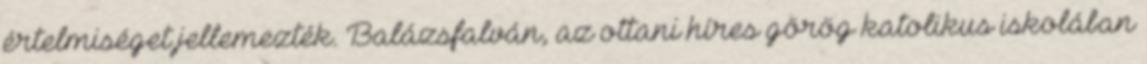
értelmiséget jellemezték. Balázsfalván, az ottani híres görög katolikus iskolában